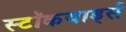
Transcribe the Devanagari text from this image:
स्टॉकयार्ड्स